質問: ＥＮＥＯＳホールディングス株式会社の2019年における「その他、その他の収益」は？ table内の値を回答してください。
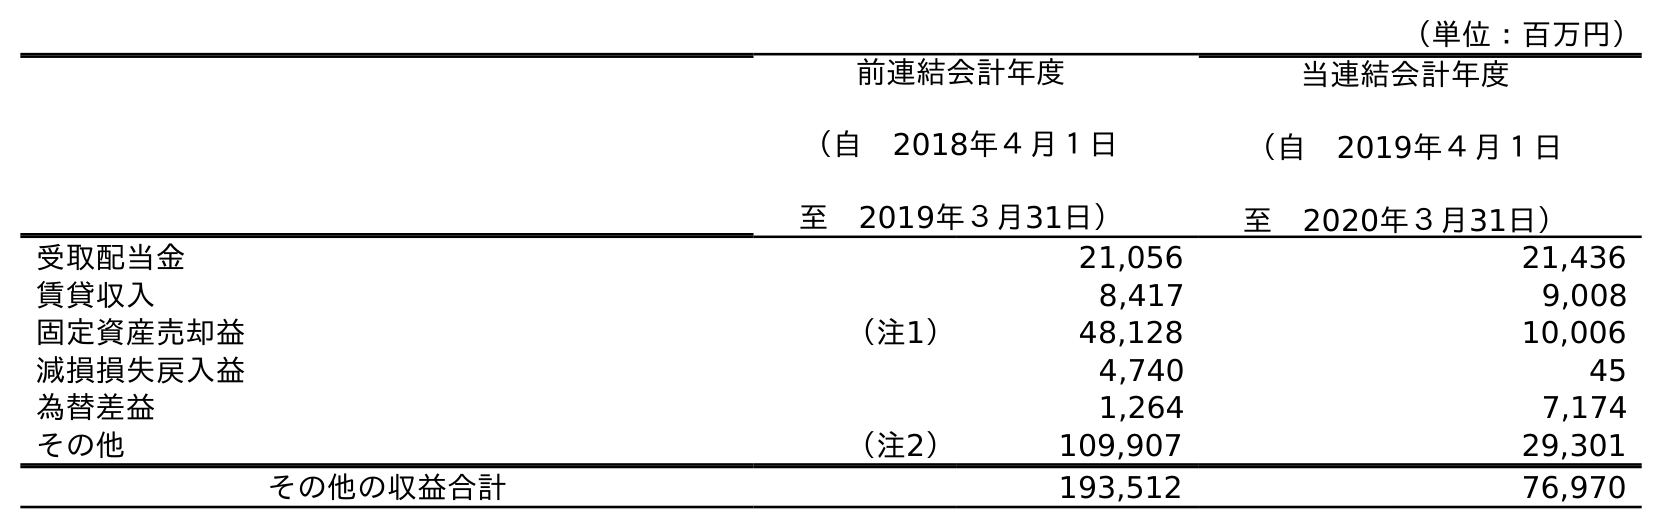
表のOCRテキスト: （単位：百万円） 前連結会計年度 （自 2018年４月１日 至 2019年３月31日） 当連結会計年度 （自 2019年４月１日 至 2020年３月31日） 受取配当金 21,056 21,436 賃貸収入 8,417 9,008 固定資産売却益 （注1） 48,128 10,006 減損損失戻入益 4,740 45 為替差益 1,264 7,174 その他 （注2） 109,907 29,301 その他の収益合計 193,512 76,970
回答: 109,907